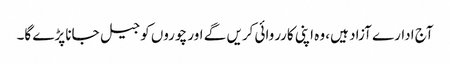
آج ادارے آزاد ہیں، وہ اپنی کارروائی کریں گے اور چوروں کو جیل جانا پڑے گا۔